Lunatic asylums Central Provinces reports 1886-1894 - 1886-1894
Year: 1886
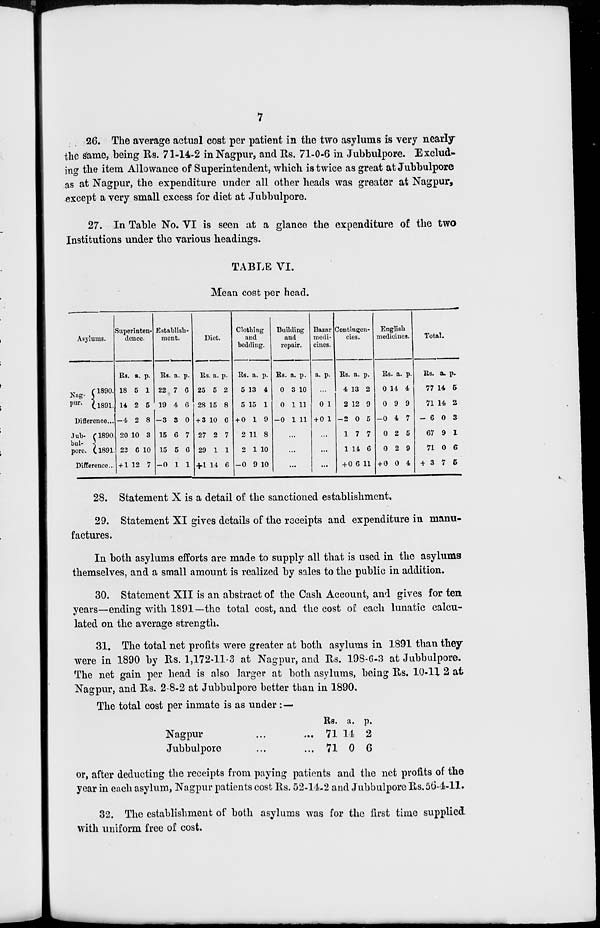
7
26. The average actual cost per patient in the two asylums is very nearly
the same, being Rs. 71-14-2 in Nagpur, and Rs. 71-0-6 in Jubbulpore. Exclud-
ing the item Allowance of Superintendent, which is twice as great at Jubbulpore
as at Nagpur, the expenditure under all other heads was greater at Nagpur,
except a very small excess for diet at Jubbulpore.
27. In Table No. VI is seen at a glance the expenditure of the two
Institutions under the various headings.
TABLE VI.
Mean cost per head.
Asylums.
Nag-
pur.
1890.
1891.
Difference ...
Jub-
bul-
pore.
1890.
1891.
Difference ...
Superinten-
dence.
Rs.
18
14
-4
20
22
+ 1
a.
5
2
2
10
6
12
p.
1
5
8
3
10
7
Establish-
ment.
Rs.
22
19
-3
15
15
-0
a.
7
4
3
6
5
1
p.
6
6
0
7
6
1
Diet.
Rs.
25
28
+ 3
27
29
+1
a.
5
15
10
2
1
14
p.
2
8
6
7
1
6
Clothing
and
bedding.
Rs.
5
5
+ 0
2
2
-0
a.
13
15
1
11
1
9
p.
4
1
9
8
10
10
Building
and
repair.
Rs.
0
0
-0
a.
3
1
1
p.
10
11
11
...
...
...
Bazar
medi-
cines.
a. p.
...
0
+ 0
1
1
...
...
...
Contingen-
cies.
Rs.
4
2
-2
1
1
+ 0
a.
13
12
0
7
14
6
p.
2
9
5
7
6
11
English
medicines.
Rs.
0
0
-0
0
0
+ 0
a.
14
9
4
2
2
0
p.
4
9
7
5
9
4
Total.
Rs.
77
71
- 6
67
71
+ 3
a.
14
14
0
9
0
7
p.
5
2
3
1
6
5
28. Statement X is a detail of the sanctioned establishment.
29. Statement XI gives details of the receipts and expenditure in manu-
factures.
In both asylums efforts are made to supply all that is used in the asylums
themselves, and a small amount is realized by sales to the public in addition.
30. Statement XII is an abstract of the Cash Account, and gives for ten
years—ending with 1891—the total cost, and the cost of each lunatic calcu-
lated on the average strength.
31. The total net profits were greater at both asylums in 1891 than they
were in 1890 by Rs. 1,172-11-3 at Nagpur, and Rs. 198-6-3 at Jubbulpore.
The net gain per head is also larger at both asylums, being Rs. 10-11 2 at
Nagpur, and Rs. 2-8-2 at Jubbulpore better than in 1890.
The total cost per inmate is as under: —
Nagpur ... ...
Jubbulpore ... ...
Rs.
71
71
a.
14
0
p.
2
6
or, after deducting the receipts from paying patients and the net profits of the
year in each asylum, Nagpur patients cost Rs. 52-14-2 and Jubbulpore Rs. 56-4-11.
32. The establishment of both asylums was for the first time supplied
with uniform free of cost.